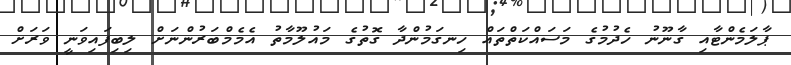
ޕާލަމެންޓާއި ގާނޫނު ހެދުމުގެ މަސައްކަތްތައް ހިނގަމުންދާ ގޮތުގެ މައުލޫމާތު އެމެމްބަރުންނަށް ލިބިފައިވަނީ ވަރަށް